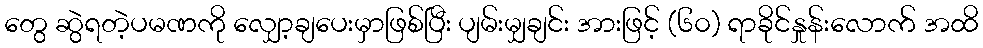
တွေ ဆွဲရတဲ့ပမဏကို လျှော့ချပေးမှာဖြစ်ပြီး ပျမ်းမျှချင်း အားဖြင့် (၆၀) ရာခိုင်နှုန်းလောက် အထိ